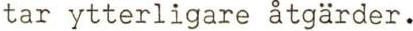
tar ytterligare åtgärder.